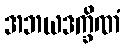
အဘယဒက္ခိဏံ